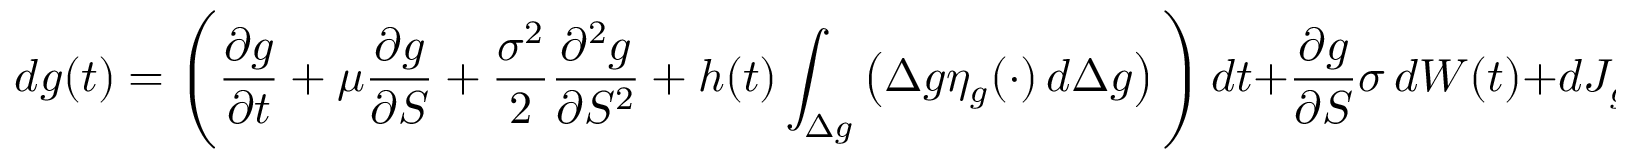
d g ( t ) = \left( { \frac { \partial g } { \partial t } } + \mu { \frac { \partial g } { \partial S } } + { \frac { \sigma ^ { 2 } } { 2 } } { \frac { \partial ^ { 2 } g } { \partial S ^ { 2 } } } + h ( t ) \int _ { \Delta g } \left( \Delta g \eta _ { g } ( \cdot ) \, d { \Delta } g \right) \, \right) d t + { \frac { \partial g } { \partial S } } \sigma \, d W ( t ) + d J _ { g } ( t ) .